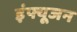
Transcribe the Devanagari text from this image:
इंफ्यूजन